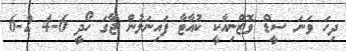
ދިހަ ވަނަ ސީޑް ވޮޒްނިއާކީ ކުއާޓާ ފައިނަލުން ޖާގަ ހޯދީ 6-4 2-6